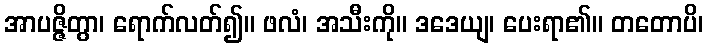
အာပဇ္ဇိတွာ၊ ရောက်လတ်၍။ ဖလံ၊ အသီးကို။ ဒဒေယျ၊ ပေးရာ၏။ တတောပိ၊